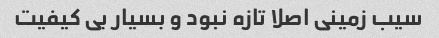
سیب زمینی اصلا تازه نبود و بسیار بی کیفیت